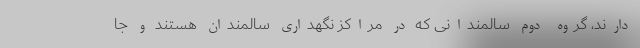
دارند، گروه دوم سالمندانی که در مراکز نگهداری سالمندان هستند و جا